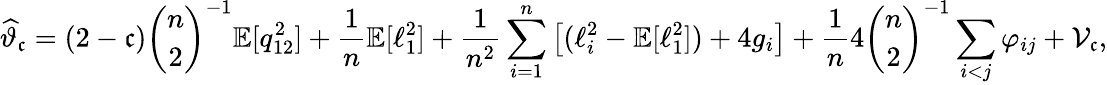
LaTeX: \widehat{\vartheta}_{\mathfrak{c}}=(2-\mathfrak{c})\binom{n}{2}^{-1}\mathbb{E}[q_{12}^{2}]+\frac{1}{n}\mathbb{E}[\ell_{1}^{2}]+\frac{1}{n^{2}}\sum_{i=1}^{n}\big[(\ell_{i}^{2}-\mathbb{E}[\ell_{1}^{2}])+4g_{i}\big]+\frac{1}{n}4\binom{n}{2}^{-1}\sum_{i<j}\varphi_{ij}+\mathcal{V}_{\mathfrak{c}},